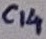
Text: C14